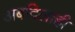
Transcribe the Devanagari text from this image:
अबदिलाही